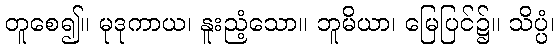
တူစေ၍။ မုဒုကာယ၊ နူးညံ့သော။ ဘူမိယာ၊ မြေပြင်၌။ သိပ္ပံ၊